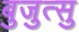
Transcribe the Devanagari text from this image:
बुजुत्सु